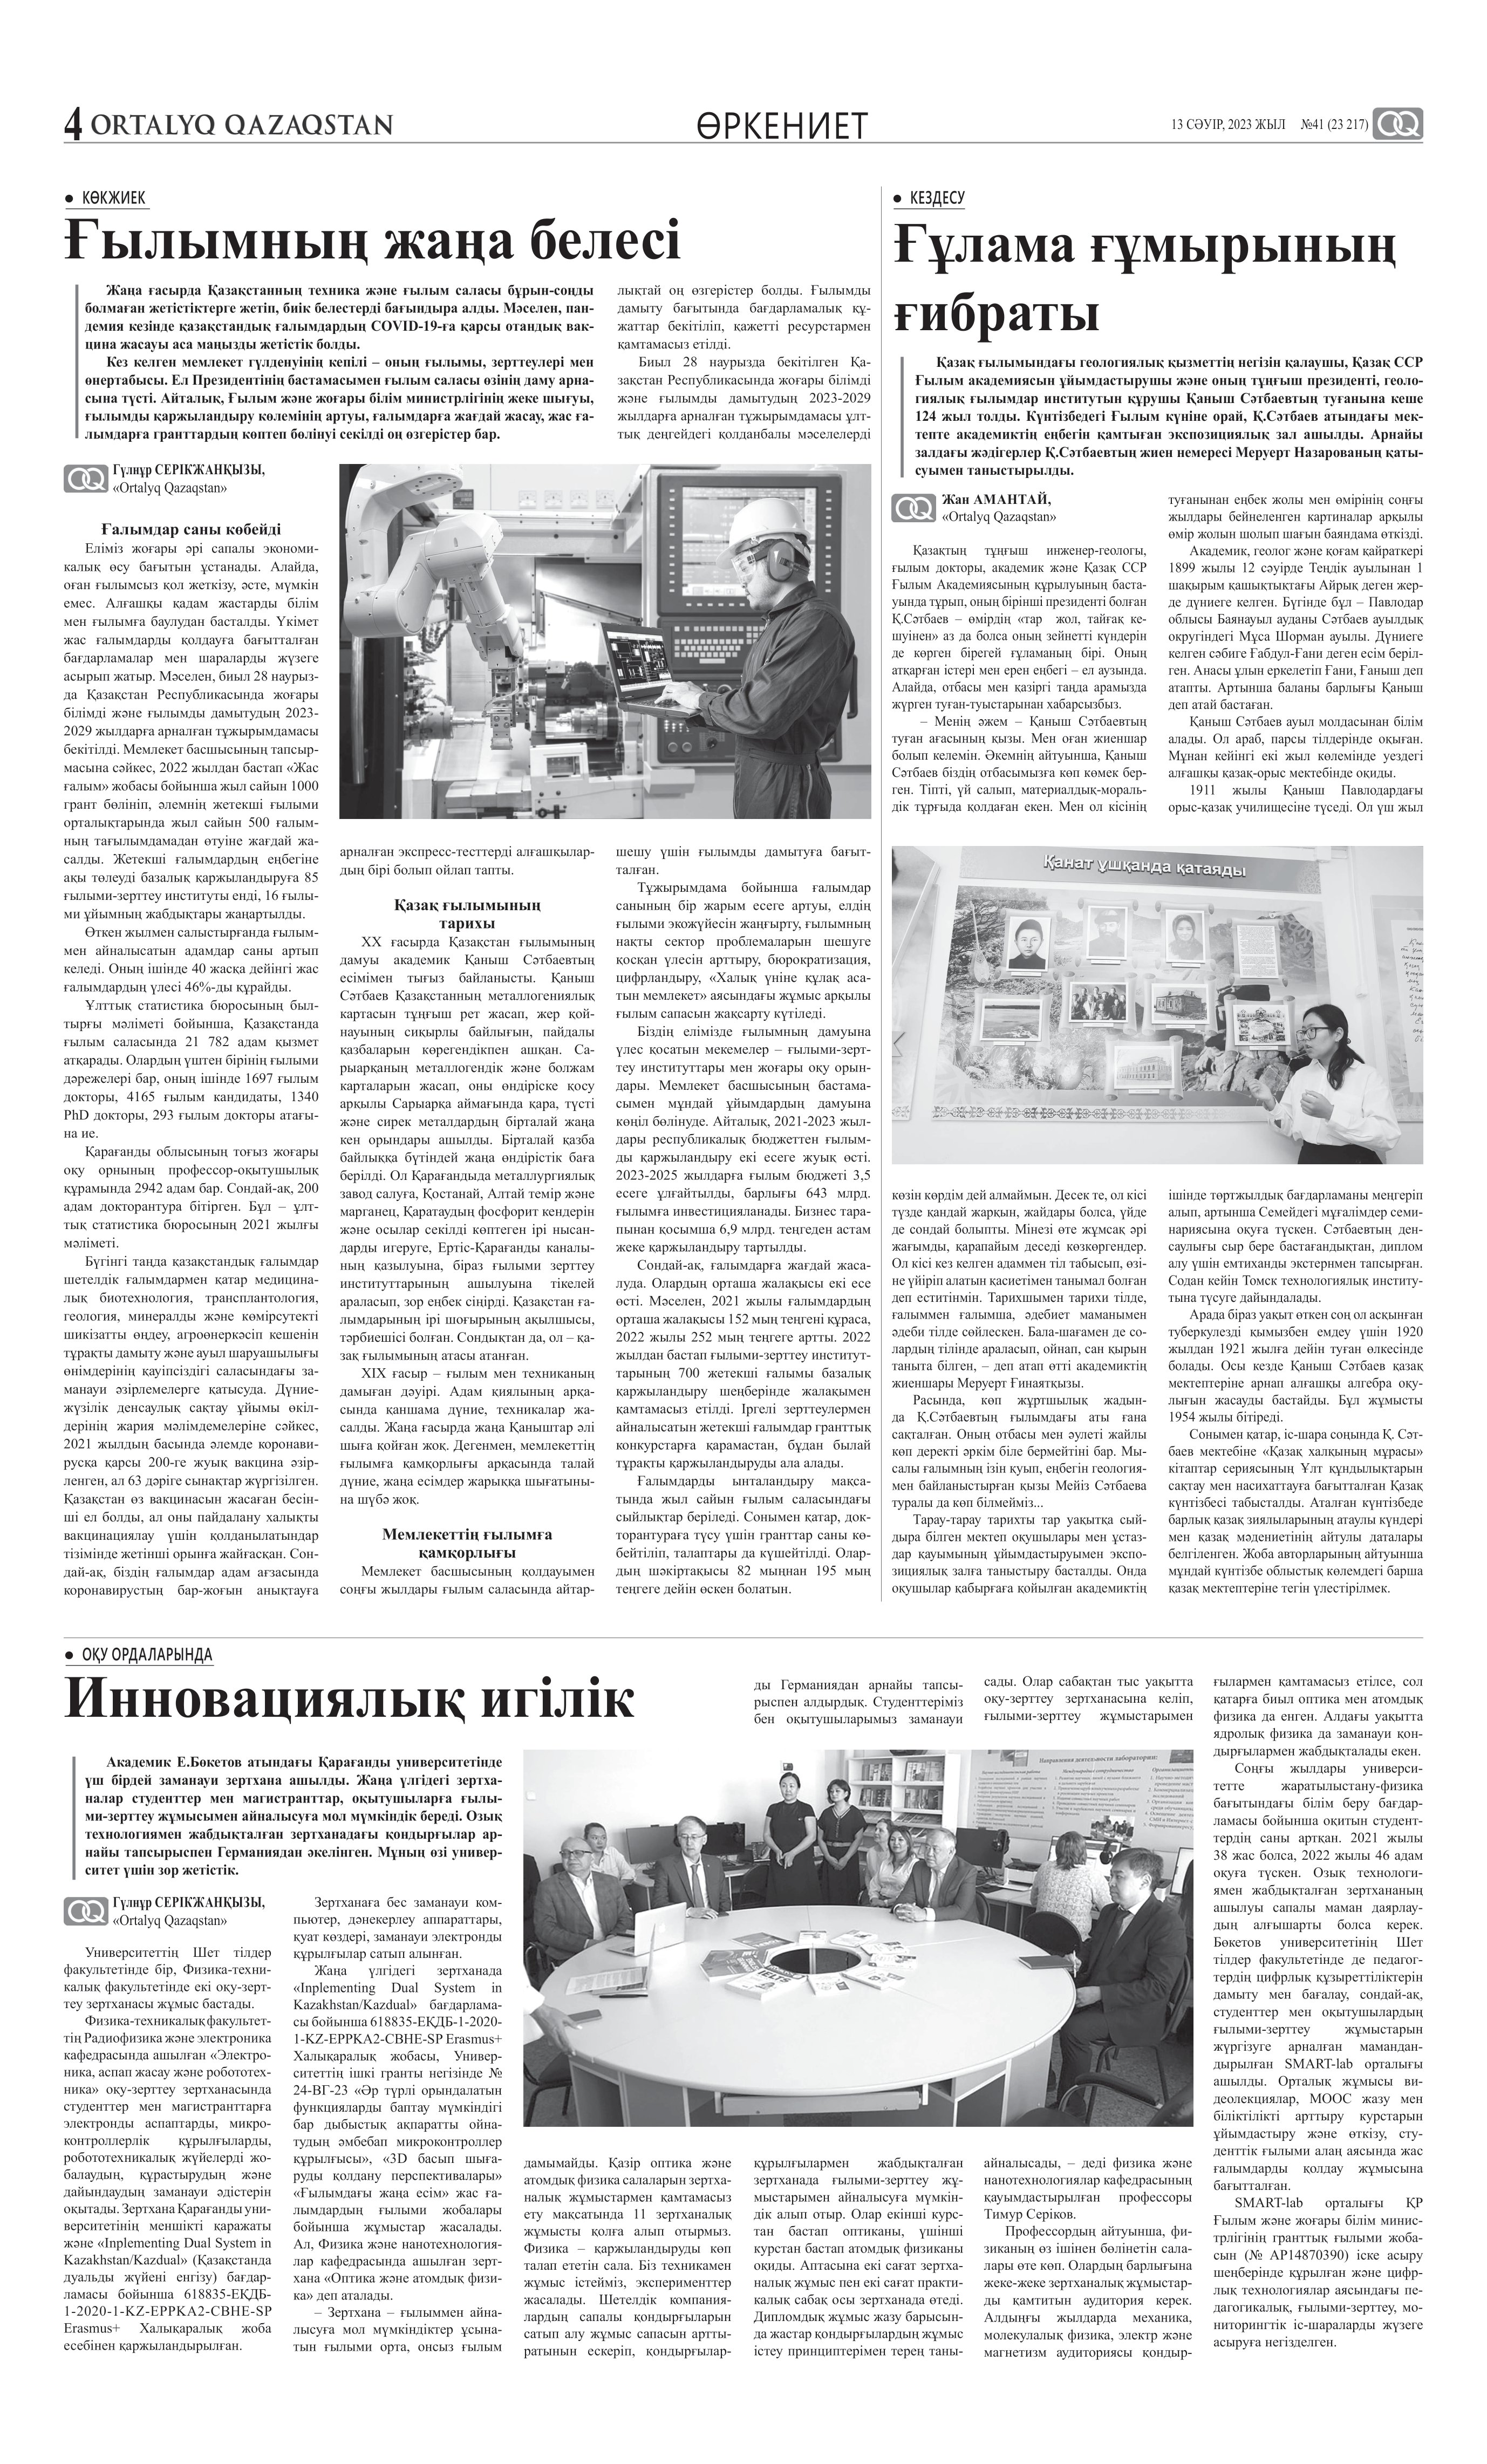
Language: kk